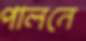
পালনে